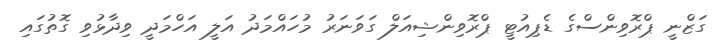
ގަޒްނީ ޕްރޮވިންސްގެ ޑެޕިއުޓީ ޕްރޮވިންޝިއަލް ގަވަނަރު މުހައްމަދު އަލީ އަހްމަދީ ވިދާޅުވި ގޮތުގައި